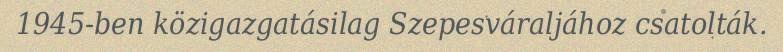
1945-ben közigazgatásilag Szepesváraljához csatolták.